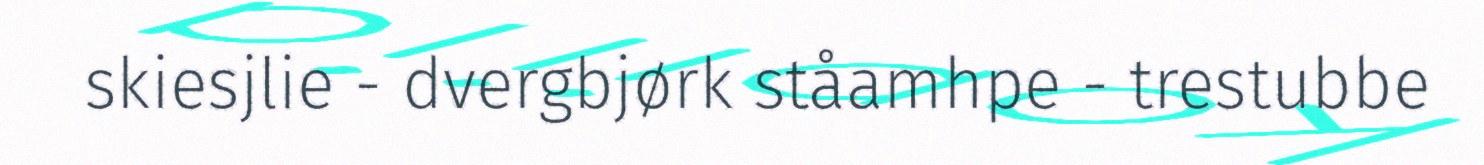
skiesjlie - dvergbjørk ståamhpe - trestubbe